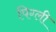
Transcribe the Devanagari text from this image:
पिग्ली